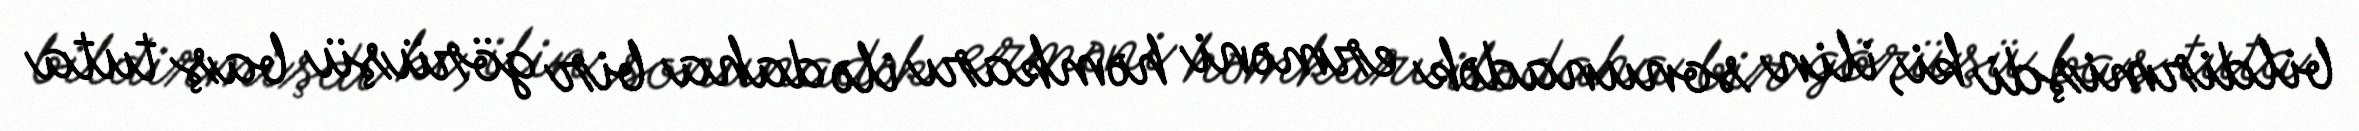
bildirmişdi ki, ilin sonunadək erməni həmkarı ilə daha bir görüşü baş tuta